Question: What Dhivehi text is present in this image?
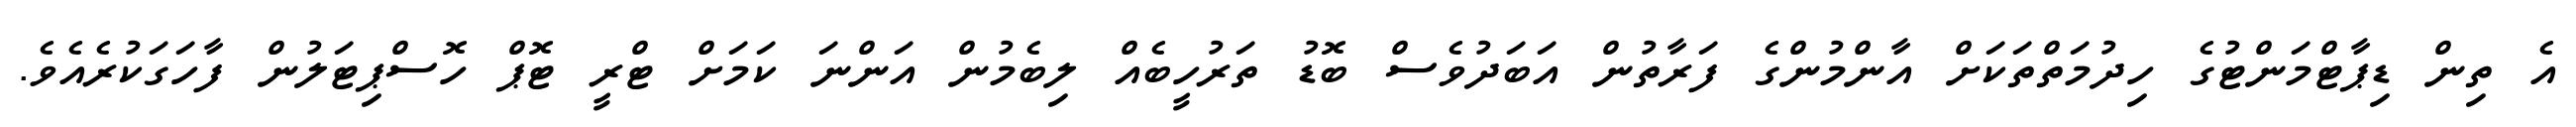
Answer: އެ ތިން ޑިޕާޓްމަންޓުގެ ހިދުމަތްތަކަށް އާންމުންގެ ފަރާތުން އަބަދުވެސް ބޮޑު ތަރުހީބެއް ލިބެމުން އަންނަ ކަމަށް ޓްރީ ޓޮޕް ހޮސްޕިޓަލުން ފާހަގަކުރެއެވެ.